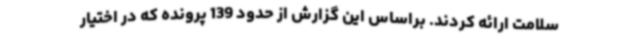
سلامت ارائه کردند. براساس این گزارش از حدود 139 پرونده که در اختیار